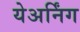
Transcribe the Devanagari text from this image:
येअर्निंग